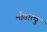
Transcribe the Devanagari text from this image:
मौतात्थु